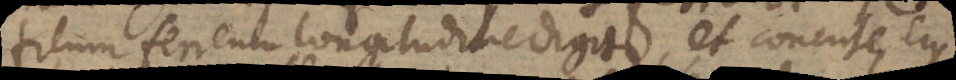
filum ferreum longitudine digiti, et concute ejus